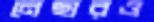
নেছারও